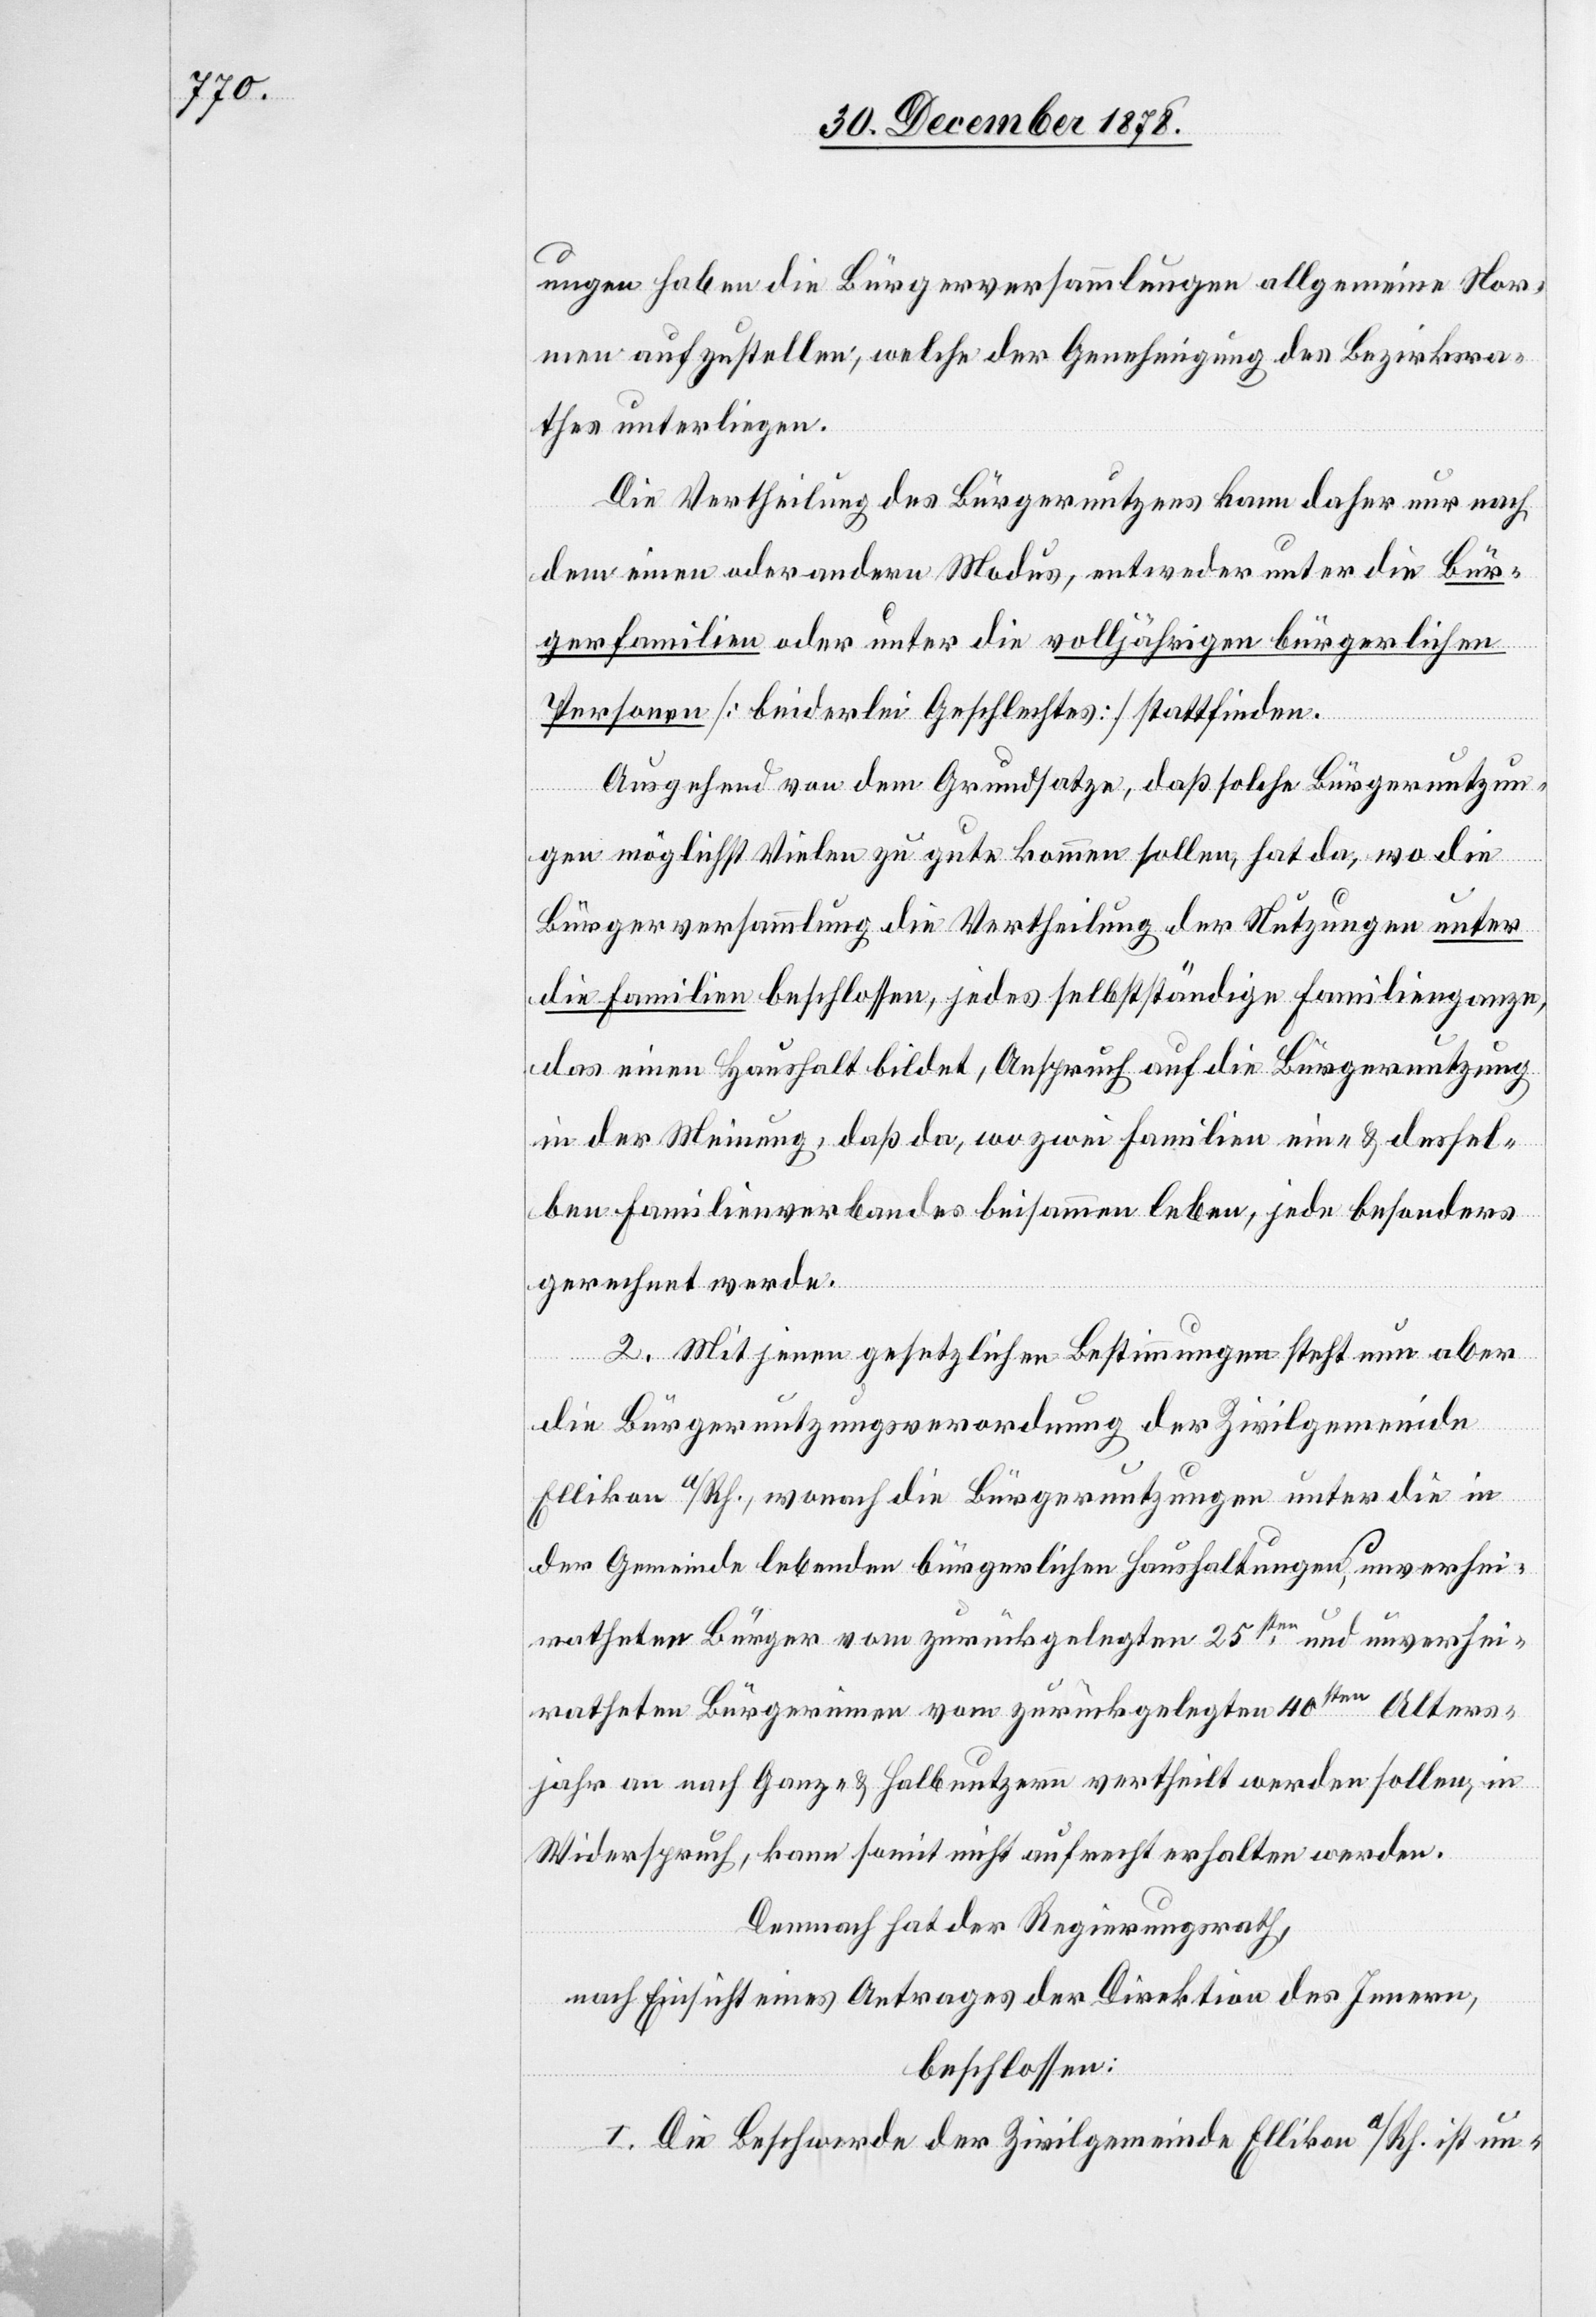
ungen haben die Bürgerversammlungen allgemeine Nor¬
men aufzustellen, welche der Genehmigung des Bezirksra¬
thes unterliegen.
Die Vertheilung des Bürgernutzens kann daher nur nach
dem einen oder andern Modus, entweder unter die Bür¬
gerfamilien oder unter die volljährigen bürgerlichen
Personen [beiderlei Geschlechtes] stattfinden.
Ausgehend von dem Grundsatze, daß solche Bürgernutzun¬
gen möglichst vielen zu gute kommen sollen, hat da, wo die
Bürgerversammlung die Vertheilung der Nutzungen unter
die Familien beschlossen, jedes selbstständige Familienganze,
das einen Haushalt bildet, Anspruch auf die Bürgernutzung
in der Meinung, daß da, wo zwei Familien ein- & densel¬
ben Familienverbandes beisammen leben, jede besonders
gerechnet werde.
2. Mit jenen gesetzlichen Bestimmungen steht nun aber
die Bürgernutzungsverordnung der Zivilgemeinde
Ellikon a/Rh., wonach die Bürgernutzungen unter die in
der Gemeinde lebenden bürgerlichen Haushaltungen, unverhei¬
ratheter Bürger vom zurückgelegten 25sten, und unverhei¬
ratheten Bürgerinnen vom zurückgelegten 40sten Alters¬
jahr an nach Ganz- & Halbnutzern vertheilt werden sollen, im
Widerspruch, kann somit nicht aufrecht erhalten werden.
Demnach hat der Regierungsrath,
nach Einsicht eines Antrages der Direktion des Innern,
beschlossen:
I. Die Beschwerde der Zivilgemeinde Ellikon a/Rh. ist un-